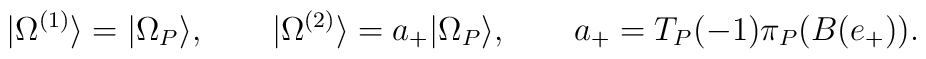
|\Omega^{(1)}\rangle = |\Omega_P\rangle, \qquad|\Omega^{(2)}\rangle = a_+ |\Omega_P\rangle,\qquad a_+ = T_P(-1)\pi_P(B(e_+)).